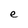
Character: e